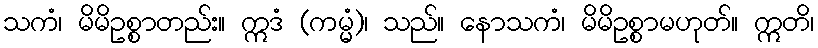
သကံ၊ မိမိဥစ္စာတည်း။ ဣဒံ (ကမ္မံ)၊ သည်။ နောသကံ၊ မိမိဥစ္စာမဟုတ်။ ဣတိ၊